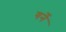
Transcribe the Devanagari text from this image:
गर्ने